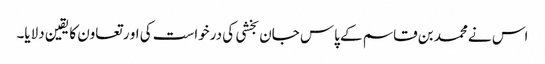
اس نے محمد بن قاسم کے پاس جان بخشی کی درخواست کی او ر تعاون کا یقین دلایا۔